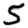
Digit: 5